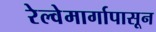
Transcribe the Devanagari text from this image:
रेल्वेमार्गापासून